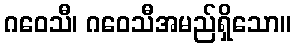
ဂဝေသီ၊ ဂဝေသီအမည်ရှိသော။